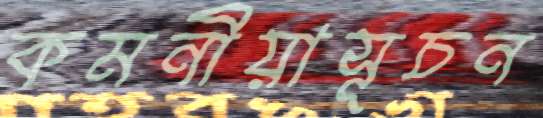
কমনীয়াসূচন